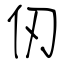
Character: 仞